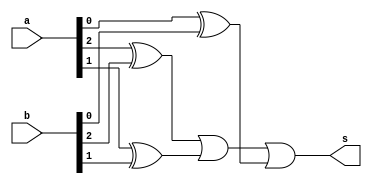
//Comparador de diferena
//Wadson Ferreira
//460631

//S=1 -> A!=B, S=0 -> A=B
module comparador(output s, input[2:0] a, input[2:0] b);
	wire xora,xorb,xorc;
	xor X1(xora,a[2],b[2]);
	xor X2(xorb,a[1],b[1]);
	xor X3(xorc,a[0],b[0]);
	or N1(s,xora,xorb,xorc);
endmodule

module teste;
	wire saida;
	reg[2:0] entradaA, entradaB;
	comparador C1(saida,entradaA,entradaB);
	initial begin
		$display("S=1 -> A!=B, S=0 -> A=B");
		#1 entradaA=3'b000; entradaB=3'b000;
		#1 $monitor("A=%3b B=%3b Saida=%b",entradaA,entradaB,saida);
		#1 entradaA=3'b000; entradaB=3'b000;
		#1 entradaA=3'b111; entradaB=3'b111;
		#1 entradaA=3'b011; entradaB=3'b110;
		#1 entradaA=3'b110; entradaB=3'b111;
		#1 entradaA=3'b001; entradaB=3'b100;
		#1 entradaA=3'b111; entradaB=3'b010;
	end
endmodule